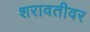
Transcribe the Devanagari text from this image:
शरावतीवर